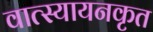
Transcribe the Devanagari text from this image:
वात्स्यायनकृत